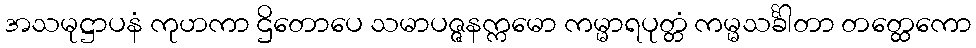
အသမုဋ္ဌာပနံ ကုဟကာ ဌိတောပေ သမာပဇ္ဇနက္ကမော ကမ္မာရပုတ္တံ ကမ္မသင်္ခါတာ တတ္ထေကော